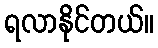
ရလာနိုင်တယ်။